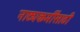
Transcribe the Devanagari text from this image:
नाट्यकर्मींसाठी